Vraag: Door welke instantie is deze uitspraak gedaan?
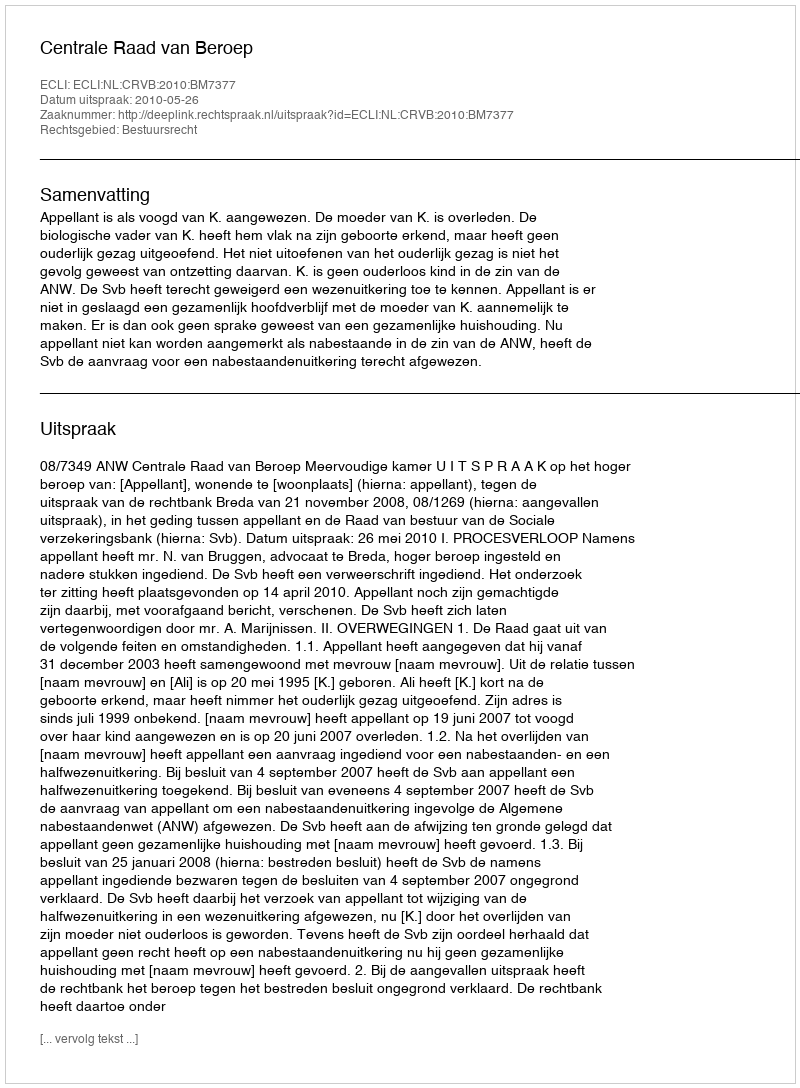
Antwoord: Centrale Raad van Beroep